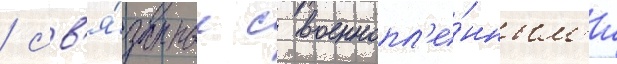
/ св'я́занные с военнопл'е́нным'и